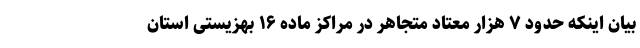
بیان اینکه حدود ۷ هزار معتاد متجاهر در مراکز ماده ۱۶ بهزیستی استان